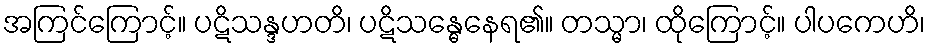
အကြင်ကြောင့်။ ပဋိသန္ဒဟတိ၊ ပဋိသန္ဓေနေရ၏။ တသ္မာ၊ ထိုကြောင့်။ ပါပကေဟိ၊